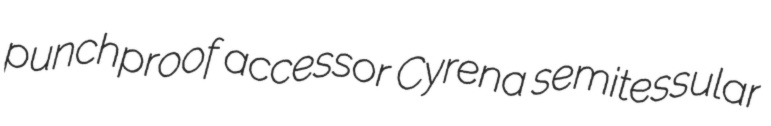
punchproof accessor Cyrena semitessular